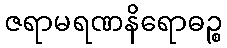
ဇရာမရဏနိရောဓဉ္စ